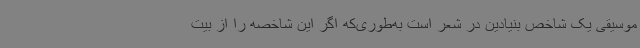
موسیقی یک شاخص بنیادین در شعر است به‌طوری‌که اگر این شاخصه را از بیت